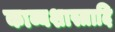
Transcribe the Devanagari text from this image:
काव्यशास्त्रादि